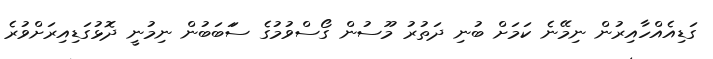
ގަޑިއެއްހާއިރުން ނިމޭނެ ކަމަށް ބުނި ދަތުރު މޫސުން ގޯސްވުމުގެ ސަަބަބުން ނިމުނީ ދޮޅުގަޑިއިރަށްވުރެ